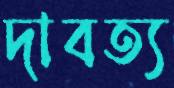
দাবত্য